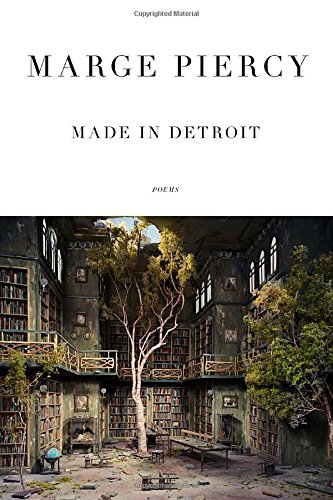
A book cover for Made in Detroit: Poems; Marge Piercy; Literature & Fiction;